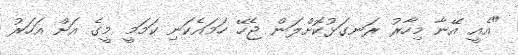
"އެއީ އޭނާ މިހާރު ރަނގަޅުކޮށްލަން ޖެހޭ ހަމައެކަނި ކަމަމީ މީގެ އަށް އަހަރު